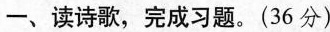
一、读诗歌，完成习题。(36分)